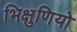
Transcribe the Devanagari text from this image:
भिक्षुणियो